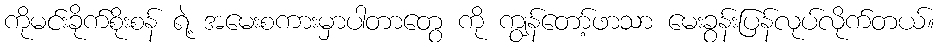
ကိုမင်းခိုက်စိုးစန် ရဲ့ အမေးစကားမှာပါတာတွေ ကို ကျွန်တော့်ဖာသာ မေးခွန်းပြန်လုပ်လိုက်တယ်။